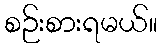
စဉ်းစားရမယ်။